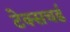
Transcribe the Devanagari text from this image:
टेक्सचर्ड